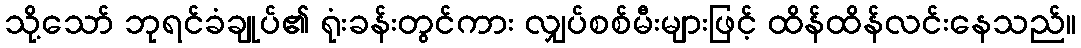
သို့သော် ဘုရင်ခံချုပ်၏ ရုံးခန်းတွင်ကား လျှပ်စစ်မီးများဖြင့် ထိန်ထိန်လင်းနေသည်။